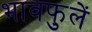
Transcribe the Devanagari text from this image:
भावफुलें